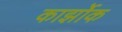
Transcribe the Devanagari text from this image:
कार्झोक